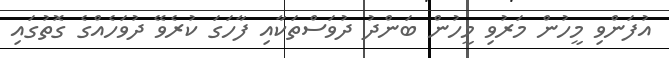
އުފަންވި މީހުން މަރުވި މީހުން ބަންދު ދުވަސްތަކާއި ފާހަގަ ކުރެވޭ ދުވަހެއްގެ ގޮތުގައި